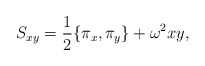
\begin{align*}S_{xy} =\frac{1}{2} \{ \pi_x, \pi_y \} + \omega^2 xy,\end{align*}